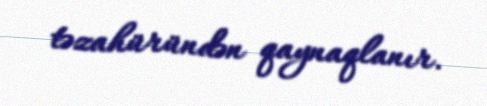
təzahüründən qaynaqlanır.